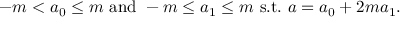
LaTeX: - m < a _ { 0 } \leq m { \mathrm { ~ a n d ~ } } - m \leq a _ { 1 } \leq m { \mathrm { ~ s . t . ~ } } a = a _ { 0 } + 2 m a _ { 1 } .